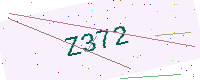
Text: Z372